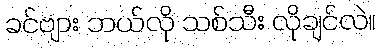
ခင်ဗျား ဘယ်လို သစ်သီး လိုချင်လဲ။